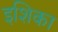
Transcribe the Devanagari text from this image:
इशिका